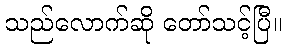
သည်လောက်ဆို တော်သင့်ပြီ။